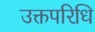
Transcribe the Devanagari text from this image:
उक्तपरिधि